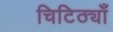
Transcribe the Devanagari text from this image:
चिटिठ्यॉँ